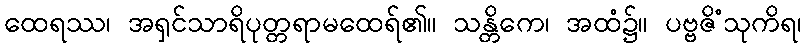
ထေရဿ၊ အရှင်သာရိပုတ္တရာမထေရ်၏။ သန္တိကေ၊ အထံ၌။ ပဗ္ဗဇိံသုကိရ၊